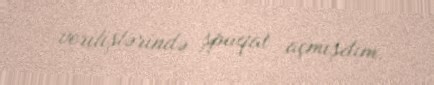
verilişlərində şpaqat açmışdım.